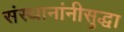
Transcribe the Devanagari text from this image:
संस्थानांनीसुद्धा